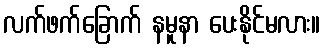
လက်ဖက်ခြောက် နမူနာ ပေးနိုင်မလား။